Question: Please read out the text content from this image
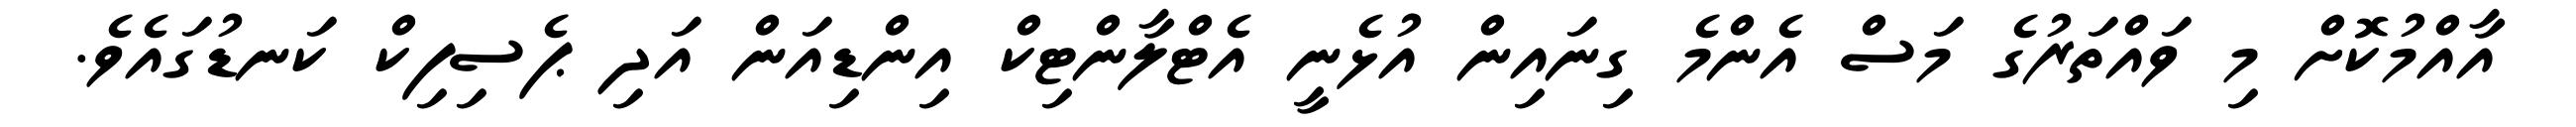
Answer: އާއްމުކޮށް މި ވައްތަރުގެ މަސް އެންމެ ގިނައިން އުޅެނީ އެޓްލާންޓިކް އިންޑިއަން އަދި ޕެސިފިކް ކަނޑުގައެވެ.